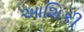
આશિકી